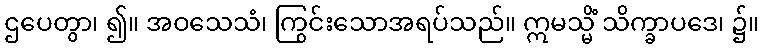
ဌပေတွာ၊ ၍။ အဝသေသံ၊ ကြွင်းသောအရပ်သည်။ ဣမသ္မိံ သိက္ခာပဒေ၊ ၌။